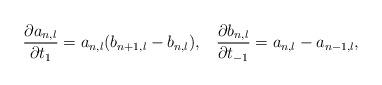
LaTeX: \begin{align*}\frac{\partial a_{n,l}}{\partial t_{1}}=a_{n,l}(b_{n+1,l}-b_{n,l}),\;\;\;\frac{\partial b_{n,l}}{\partial t_{-1}}=a_{n,l}-a_{n-1,l},\end{align*}